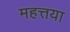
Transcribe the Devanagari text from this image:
महत्तया